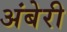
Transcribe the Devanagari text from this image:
अंबेरी